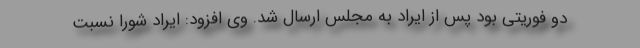
دو فوریتی بود پس از ایراد به مجلس ارسال شد. وی افزود: ایراد شورا نسبت